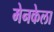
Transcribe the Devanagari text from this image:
मेनकेला